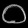
Digit: ၀